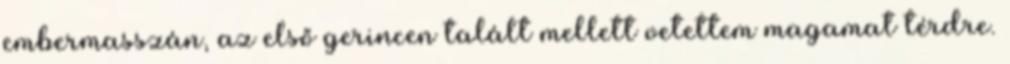
embermasszán, az első gerincen talált mellett vetettem magamat térdre.